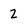
Character: z